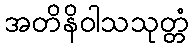
အတိနိဝါသသုတ္တံ